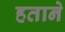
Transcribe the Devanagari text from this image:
हताने